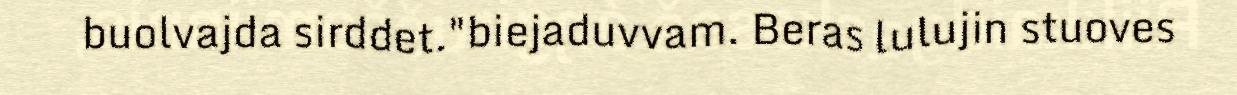
buolvajda sirddet."biejaduvvam. Beras lulujin stuoves